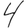
Digit: 4